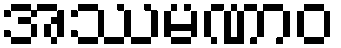
အဿမဏာဝ